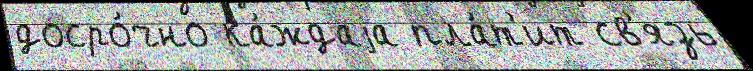
досро́чно ка́ждаjа пла́т'ит св'язь